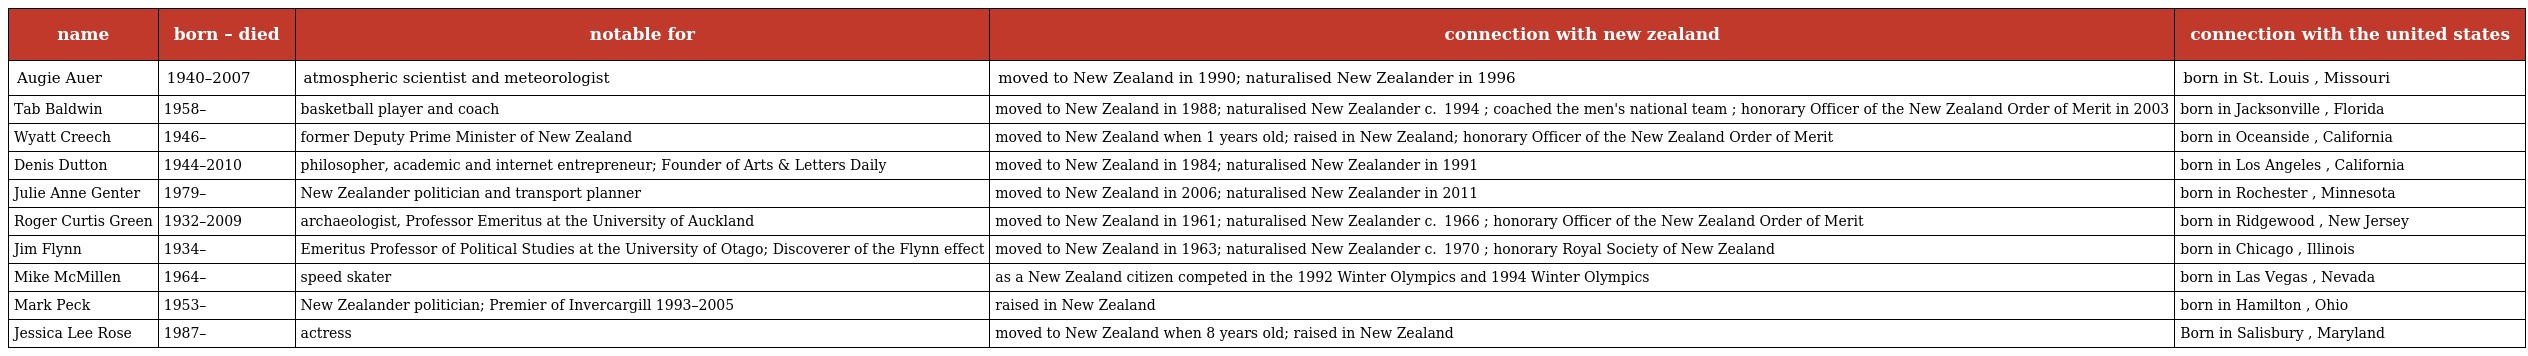
| name | born – died | notable for | connection with new zealand | connection with the united states |
 | --- | --- | --- | --- | --- |
 | Augie Auer | 1940–2007 | atmospheric scientist and meteorologist | moved to New Zealand in 1990; naturalised New Zealander in 1996 | born in St. Louis , Missouri |
 | Tab Baldwin | 1958– | basketball player and coach | moved to New Zealand in 1988; naturalised New Zealander c.  1994 ; coached the men's national team ; honorary Officer of the New Zealand Order of Merit in 2003 | born in Jacksonville , Florida |
 | Wyatt Creech | 1946– | former Deputy Prime Minister of New Zealand | moved to New Zealand when 1 years old; raised in New Zealand; honorary Officer of the New Zealand Order of Merit | born in Oceanside , California |
 | Denis Dutton | 1944–2010 | philosopher, academic and internet entrepreneur; Founder of Arts & Letters Daily | moved to New Zealand in 1984; naturalised New Zealander in 1991 | born in Los Angeles , California |
 | Julie Anne Genter | 1979– | New Zealander politician and transport planner | moved to New Zealand in 2006; naturalised New Zealander in 2011 | born in Rochester , Minnesota |
 | Roger Curtis Green | 1932–2009 | archaeologist, Professor Emeritus at the University of Auckland | moved to New Zealand in 1961; naturalised New Zealander c.  1966 ; honorary Officer of the New Zealand Order of Merit | born in Ridgewood , New Jersey |
 | Jim Flynn | 1934– | Emeritus Professor of Political Studies at the University of Otago; Discoverer of the Flynn effect | moved to New Zealand in 1963; naturalised New Zealander c.  1970 ; honorary Royal Society of New Zealand | born in Chicago , Illinois |
 | Mike McMillen | 1964– | speed skater | as a New Zealand citizen competed in the 1992 Winter Olympics and 1994 Winter Olympics | born in Las Vegas , Nevada |
 | Mark Peck | 1953– | New Zealander politician; Premier of Invercargill 1993–2005 | raised in New Zealand | born in Hamilton , Ohio |
 | Jessica Lee Rose | 1987– | actress | moved to New Zealand when 8 years old; raised in New Zealand | Born in Salisbury , Maryland |